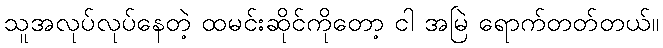
သူအလုပ်လုပ်နေတဲ့ ထမင်းဆိုင်ကိုတော့ ငါ အမြဲ ရောက်တတ်တယ်။